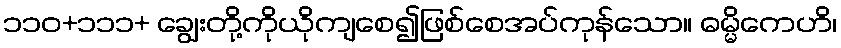
၁၁၀+၁၁၁+ ချွေးတို့ကိုယိုကျစေ၍ဖြစ်စေအပ်ကုန်သော။ ဓမ္မိကေဟိ၊